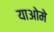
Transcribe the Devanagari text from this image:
याओमे